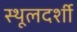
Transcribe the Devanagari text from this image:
स्थूलदर्शी